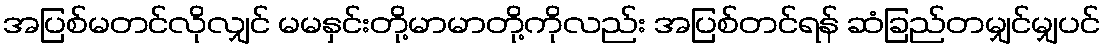
အပြစ်မတင်လိုလျှင် မမနှင်းတို့မာမာတို့ကိုလည်း အပြစ်တင်ရန် ဆံခြည်တမျှင်မျှပင်